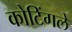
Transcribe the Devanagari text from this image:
कोटिंगले